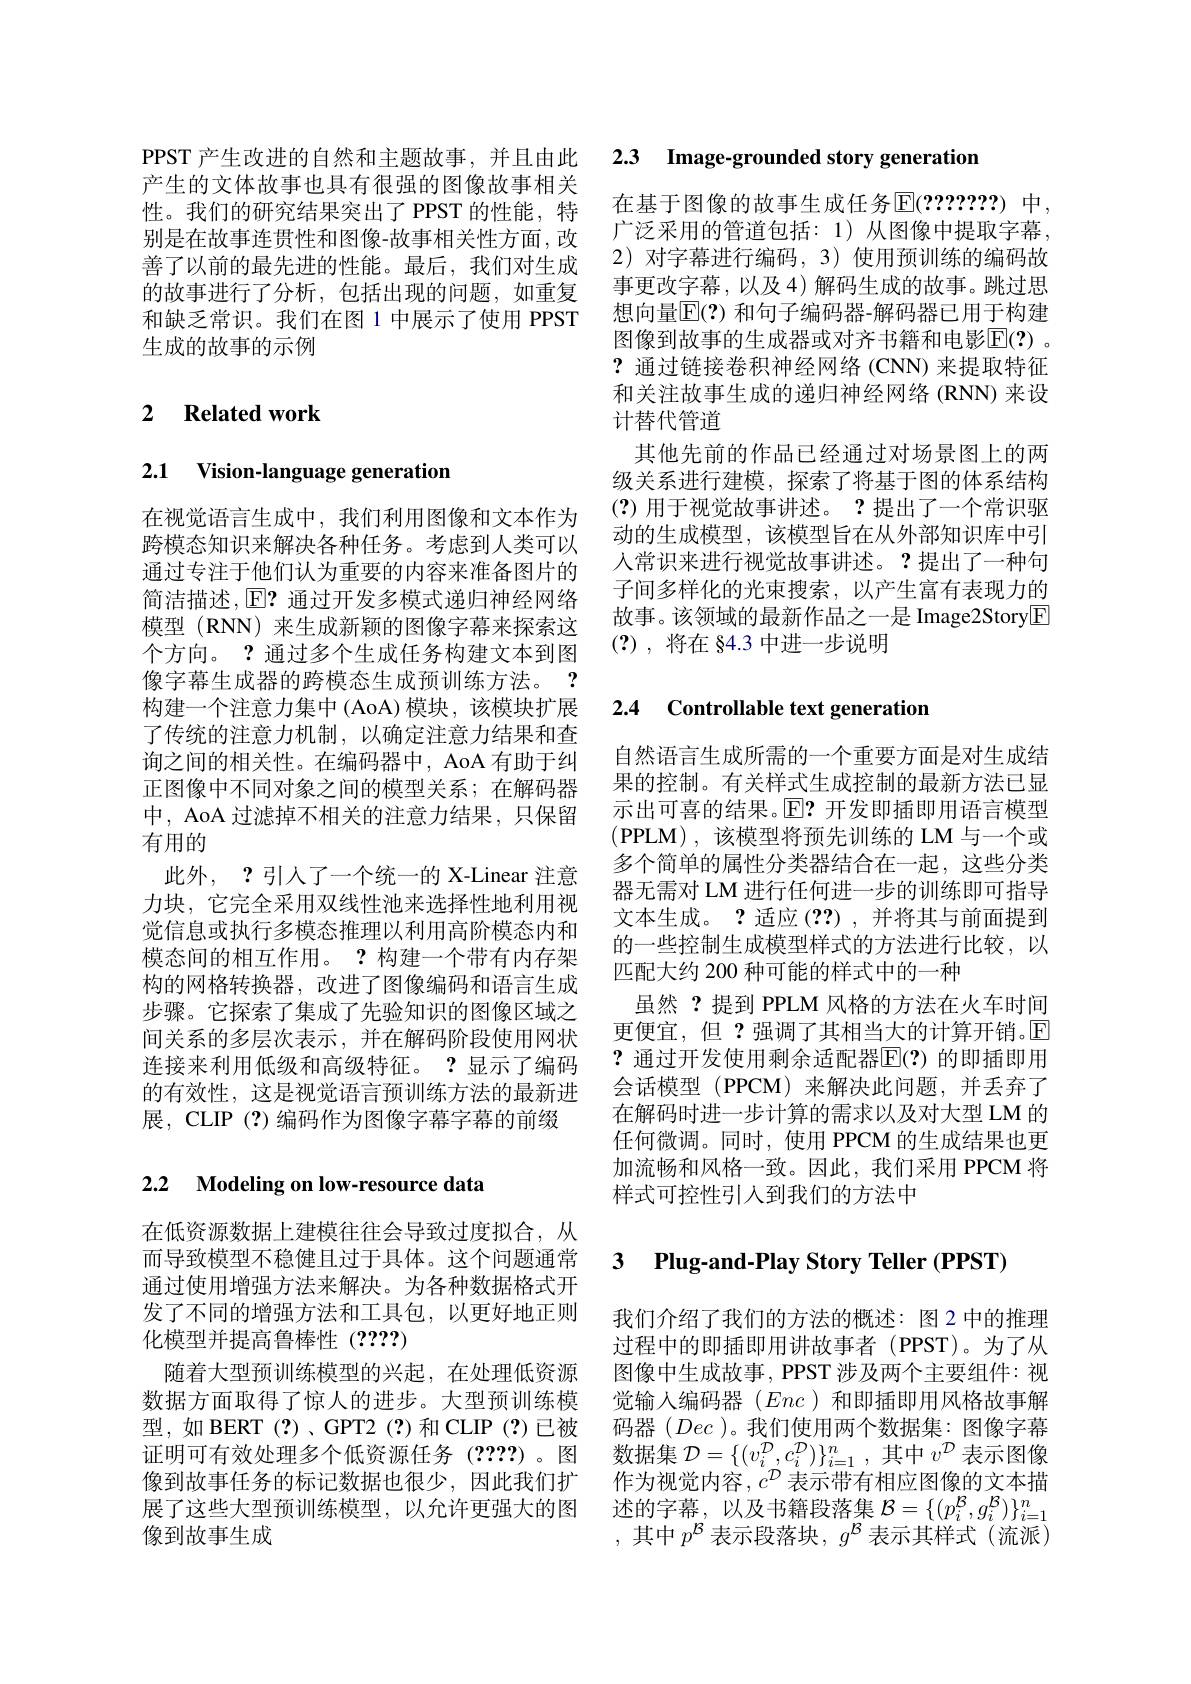
产生的文体故事也具有很强的图像故事相关性。我们的研究结果突出了 PPST 的性能，特别是在故事连贯性和图像-故事相关性方面，改善了以前的最先进的性能。最后，我们对生成的故事进行了分析，包括出现的问题，如重复和缺乏常识。我们在图 1 中展示了使用 PPST 生成的故事的示例

### $\textbf{2}$ $\textbf{Related work}$

# 2.1 Vision-language generation

在视觉语言生成中，我们利用图像和文本作为跨模态知识来解决各种任务。考虑到人类可以通过专注于他们认为重要的内容来准备图片的简洁描述，E? 通过开发多模式递归神经网络模型 (RNN) 来生成新颖的图像字幕来探索这个方向。? 通过多个生成任务构建文本到图像字幕生成器的跨模态生成预训练方法。? 构建一个注意力集中 (AoA) 模块，该模块扩展了传统的注意力机制，以确定注意力结果和查询之间的相关性。在编码器中，AoA 有助于纠正图像中不同对象之间的模型关系；在解码器中，AoA 过滤掉不相关的注意力结果，只保留有用的
此外，?引人了一个统一的 X-Linear 注意力块，它完全采用双线性池来选择性地利用视觉信息或执行多模态推理以利用高阶模态内和模态间的相互作用。?构建一个带有内存架构的网格转换器，改进了图像编码和语言生成步骤。它探索了集成了先验知识的图像区域之间关系的多层次表示，并在解码阶段使用网状连接来利用低级和高级特征。?显示了编码的有效性，这是视觉语言预训练方法的最新进展，CLIP(?)编码作为图像字幕字幕的前缀

## 2.2 Modeling on low-resource data

在低资源数据上建模往往会导致过度拟合，从而导致模型不稳健且过于具体。这个问题通常通过使用增强方法来解决。为各种数据格式开发了不同的增强方法和工具包，以更好地正则化模型并提高鲁棒性(????)
随着大型预训练模型的兴起，在处理低资源数据方面取得了惊人的进步。大型预训练模型，如 BERT(?)、GPT2(?)和 CLIP(?)已被证明可有效处理多个低资源任务(????)。图 数据集$\mathcal{D}=\{(v_i^{\mathcal{D}},c_i^{\mathcal{D}})\}_{i=1}^n$,其中$v^\mathcal{D}$表示图像
像到故事任务的标记数据也很少，因此我们扩展了这些大型预训练模型，以允许更强大的图像到故事生成

PPST 产生改进的自然和主题故事，并且由此 2.3 Image-grounded story generation

在基于图像的故事生成任务$\operatorname{E}(???????)$ 中， 广泛采用的管道包括：1)从图像中提取字幕， 2) 对字幕进行编码，3) 使用预训练的编码故事更改字幕，以及 4)解码生成的故事。跳过思想向量$\overline{\mathbb{E}}(?)$ 和句子编码器-解码器已用于构建图像到故事的生成器或对齐书籍和电影$\overline{\mathbb{E}}(?)$ 。?通过链接卷积神经网络 (CNN) 来提取特征和关注故事生成的递归神经网络(RNN)来设计替代管道
其他先前的作品已经通过对场景图上的两级关系进行建模，探索了将基于图的体系结构(?)用于视觉故事讲述。?提出了一个常识驱动的生成模型，该模型旨在从外部知识库中引人常识来进行视觉故事讲述。?提出了一种句子间多样化的光束搜索，以产生富有表现力的故事。该领域的最新作品之一是 Image2Story$\boxed{\mathrm{E}}$ (?),将在 §4.3 中进一步说明

# 2.4 Controllable text generatiom

自然语言生成所需的一个重要方面是对生成结果的控制。有关样式生成控制的最新方法已显示出可喜的结果。$\mathbb{E}?$开发即插即用语言模型(PPLM),该模型将预先训练的 LM 与一个或多个简单的属性分类器结合在一起，这些分类器无需对 LM 进行任何进一步的训练即可指导文本生成。? 适应(2?) ,并将其与前面提到的一些控制生成模型样式的方法进行比较，以匹配大约 200 种可能的样式中的一种
虽然？提到 PPLM 风格的方法在火车时间更便宜，但？强调了其相当大的计算开销。$\mathbb{E}$ ? 通过开发使用剩余适配器$\mathbb{E}(?)$ 的即插即用会话模型 (PPCM)来解决此问题，并丢弃了在解码时进一步计算的需求以及对大型 LM 的任何微调。同时，使用 PPCM 的生成结果也更加流畅和风格一致。因此，我们采用 PPCM 将样式可控性引入到我们的方法中

## 3 Plug-and-Play Story Teller (PPST)

我们介绍了我们的方法的概述：图 2 中的推理过程中的即插即用讲故事者(PPST)。为了从图像中生成故事，PPST 涉及两个主要组件：视觉输入编码器(Enc)和即插即用风格故事解码器$(Dec$ )。我们使用两个数据集：图像字幕作为视觉内容，$c^D$表示带有相应图像的文本描述的字幕，以及书籍段落集$\mathcal{B}=\{(p_i^\mathcal{B},g_i^\mathcal{B})\}_{i=1}^n$ ,其中$p^\mathcal{B}$表示段落块$,g^\mathcal{B}$表示其样式(流派)